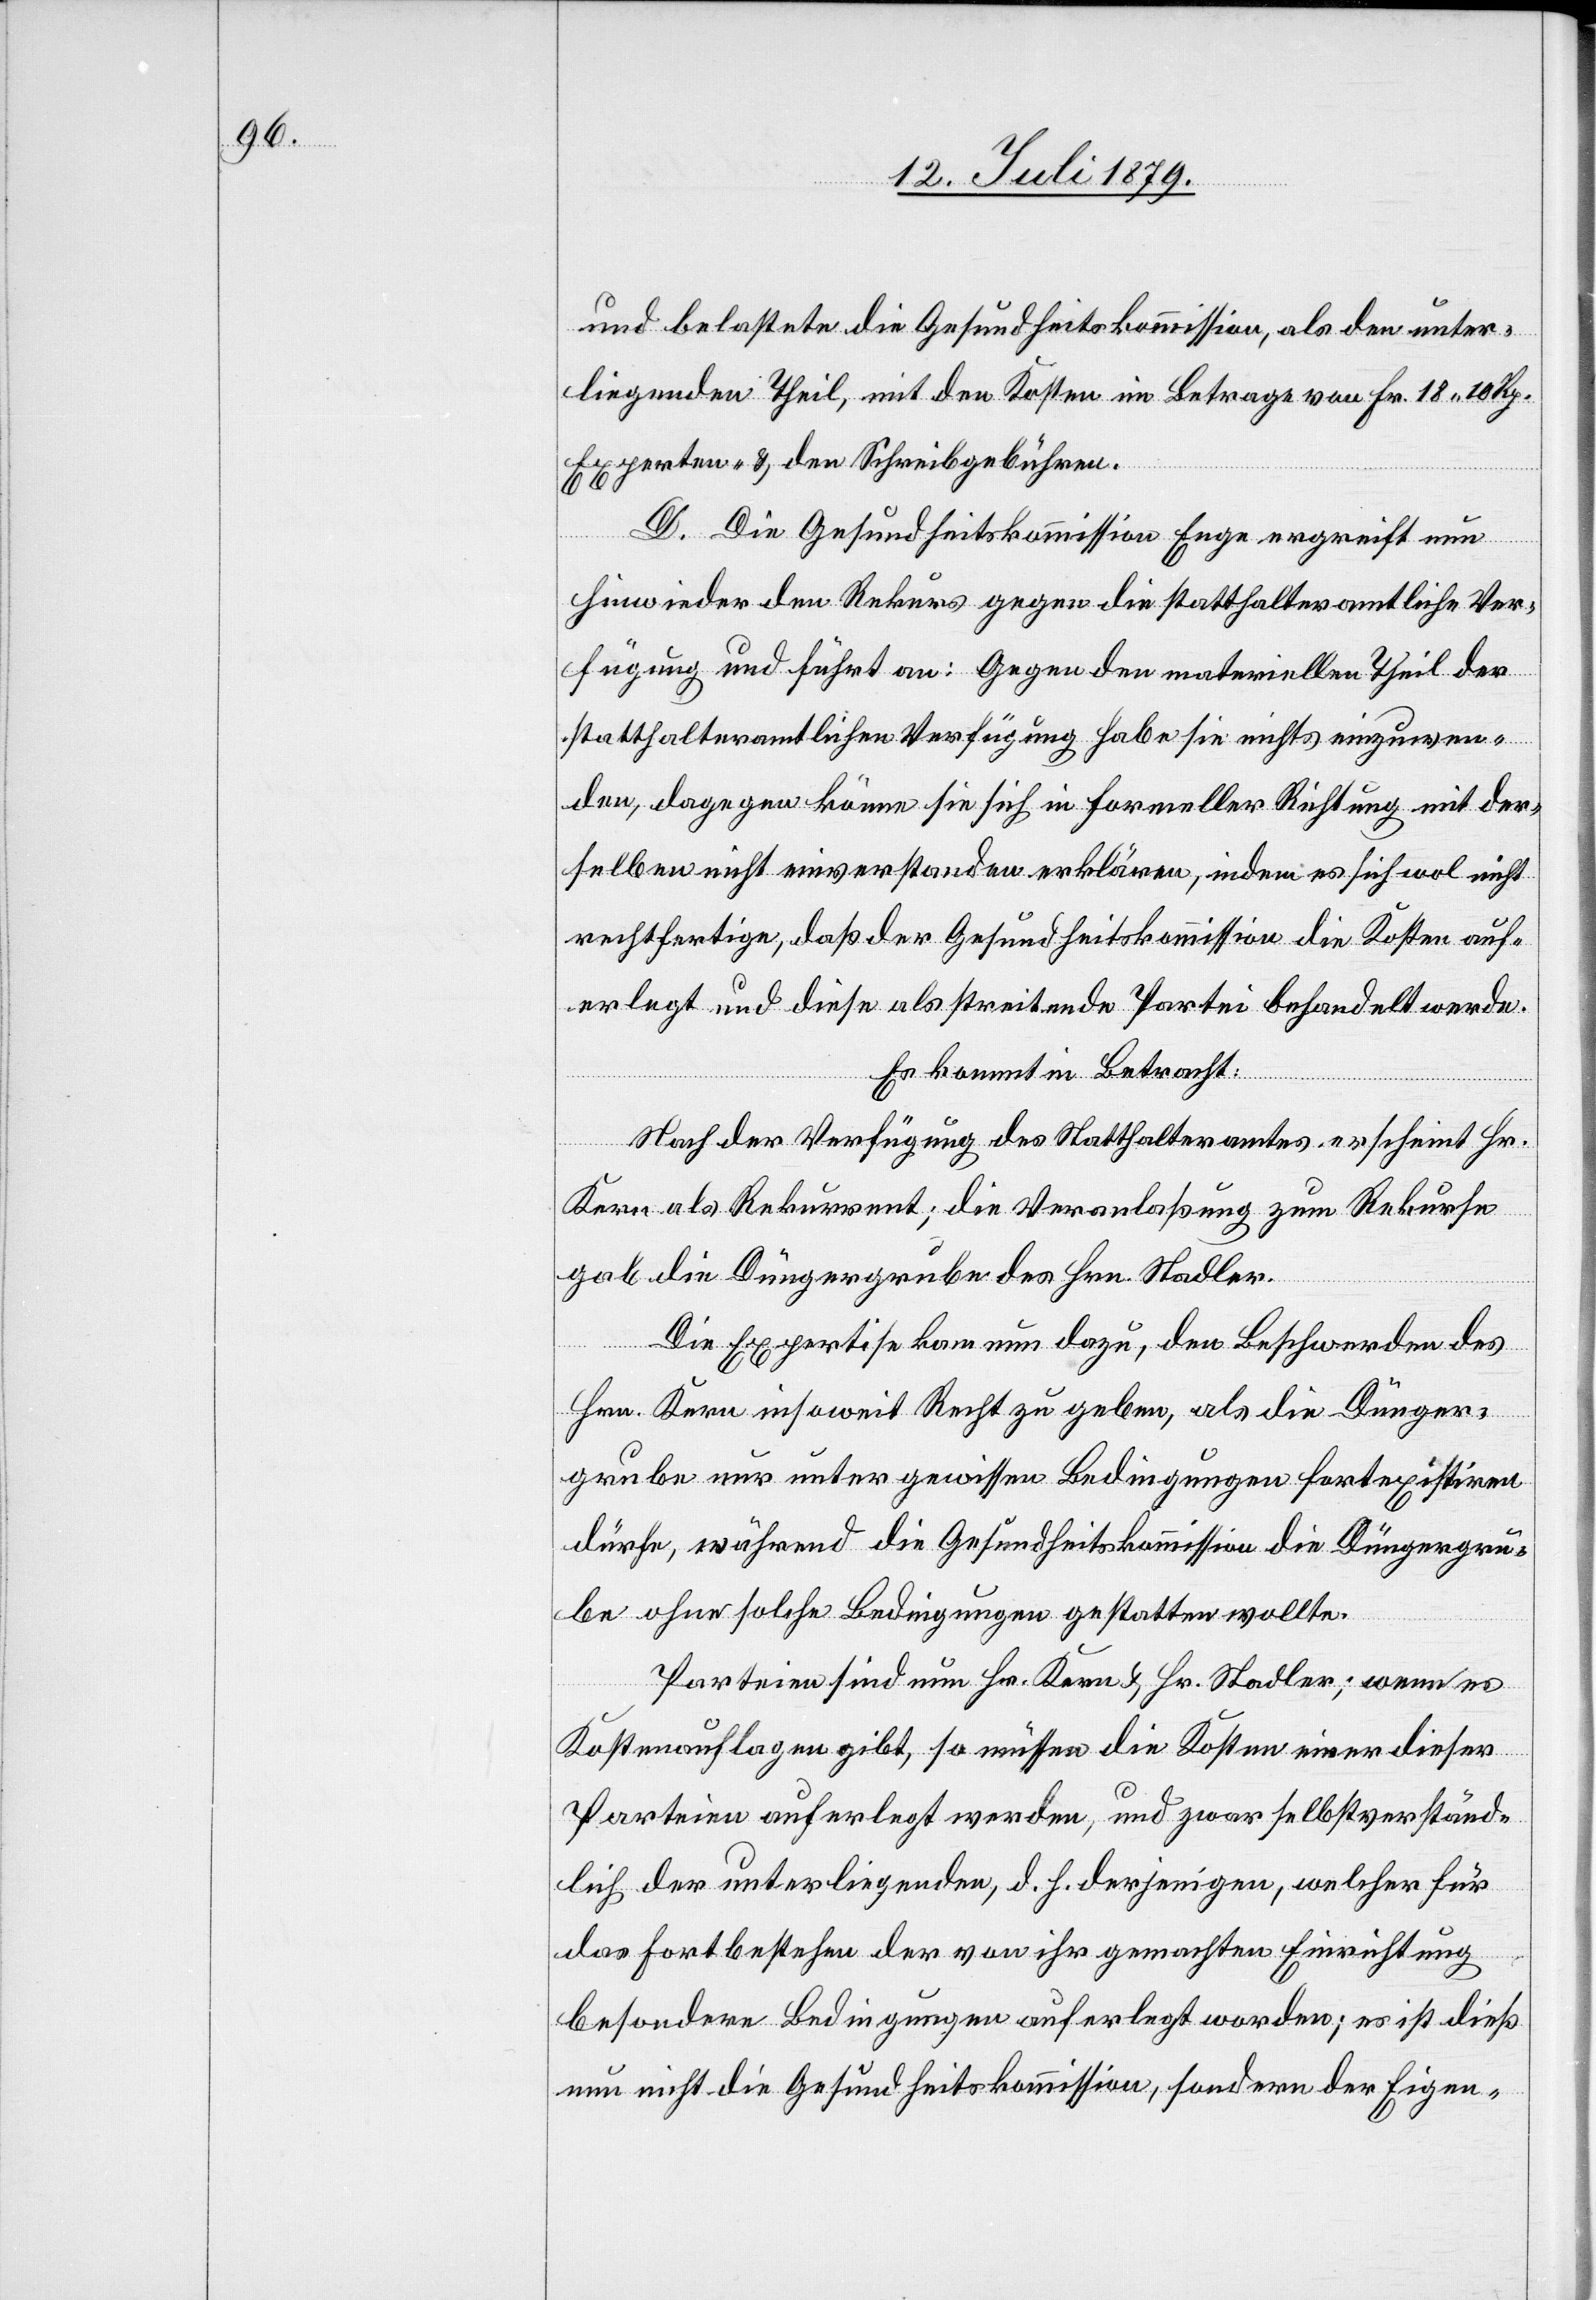
und belastete die Gesundheitskommission, als den unter¬
liegenden Theil, mit den Kosten im Betrage von Fr. 18 10 Rp.
Experten- & den Schreibgebühren.
D. Die Gesundheitskommission Enge ergreift nun
hinwieder den Rekurs gegen die statthalteramtliche Ver¬
fügung und führt an: Gegen den materiellen Theil der
statthalteramtlichen Verfügung habe sie nichts einzuwen¬
den, dagegen könne sie sich in formeller Richtung mit der¬
selben nicht einverstanden erklären, indem es sich wol nicht
rechtfertige, daß der Gesundheitskommission die Kosten auf¬
erlegt und diese als streitende Partei behandelt werde.
Es kommt in Betracht:
Nach der Verfügung des Statthalteramtes erscheint Hr.
Kern als Rekurrent; die Veranlaßung zum Rekurse
gab die Düngergrube des Hrn. Stadler.
Die Expertise kam nun dazu, den Beschwerden des
Hrn. Kern insoweit Recht zu geben, als die Dünger¬
grube nur unter gewissen Bedingungen fortexistiren
dürfe, während die Gesundheitskommission die Düngergru¬
be ohne solche Bedingungen gestatten wollte.
Parteien sind nun Hr. Kern & Hr. Stadler; wenn es
Kostenauflagen gibt, so müssen die Kosten einer dieser
Parteien auferlegt werden, und zwar selbstverständ¬
lich der unterliegenden, d. h. derjenigen, welcher für
das Fortbestehen der von ihr gemachten Einrichtung
besondere Bedingungen auferlegt worden; es ist dieß
nun nicht die Gesundheitskommission, sondern der Eigen-